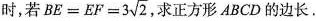
时，若 $$B E = E F = 3 \sqrt{ 2 }$$ 求正方形ABCD的边长.